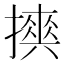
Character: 𢷇